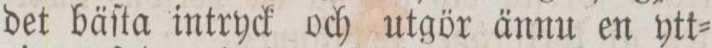
det bäſta intryck och utgör ännu en ytt=